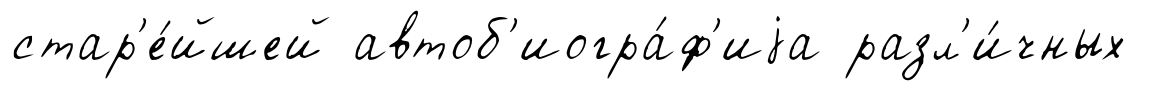
стар'е́йшей автоб'иогра́ф'иjа разл'и́чных